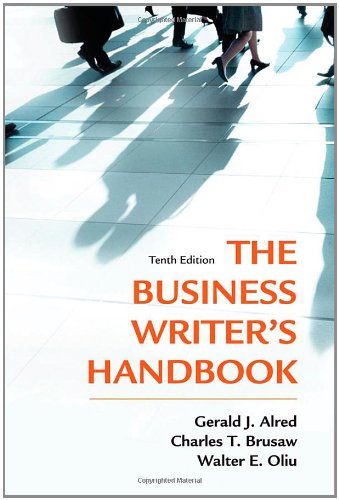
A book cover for The Business Writer's Handbook, Tenth Edition; Gerald J. Alred; Business & Money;